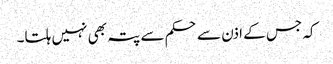
کہ جس کے اذن سے حکم سے پتہ بھی نہیں ہلتا۔